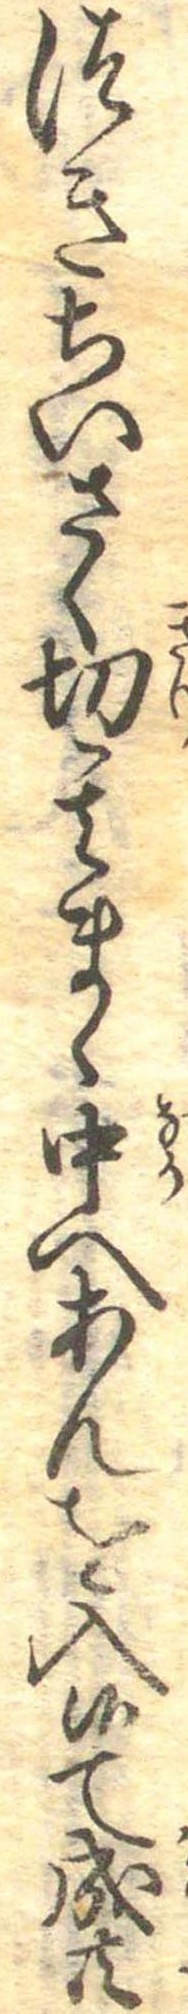
つきちいさく切其まゝ中へあんを入候て成共